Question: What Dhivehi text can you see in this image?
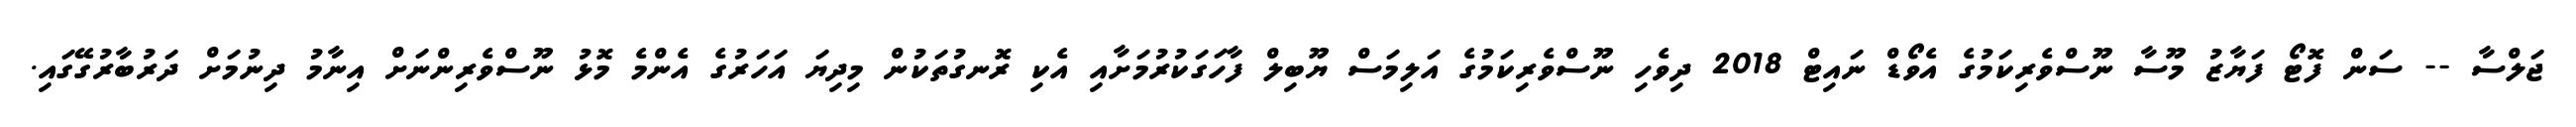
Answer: ޖަލްސާ -- ސަން ފޮޓޯ ފަޔާޒު މޫސާ ނޫސްވެރިކަމުގެ އެވޯޑް ނައިޓް 2018 ދިވެހި ނޫސްވެރިކަމުގެ އަލިމަސް ޔޫބިލް ފާހަގަކުރުމަށާއި އެކި ރޮނގުތަކުން މިދިޔަ އަހަރުގެ އެންމެ މޮޅު ނޫސްވެރިންނަށް އިނާމު ދިނުމަށް ދަރުބާރުގޭގައި.